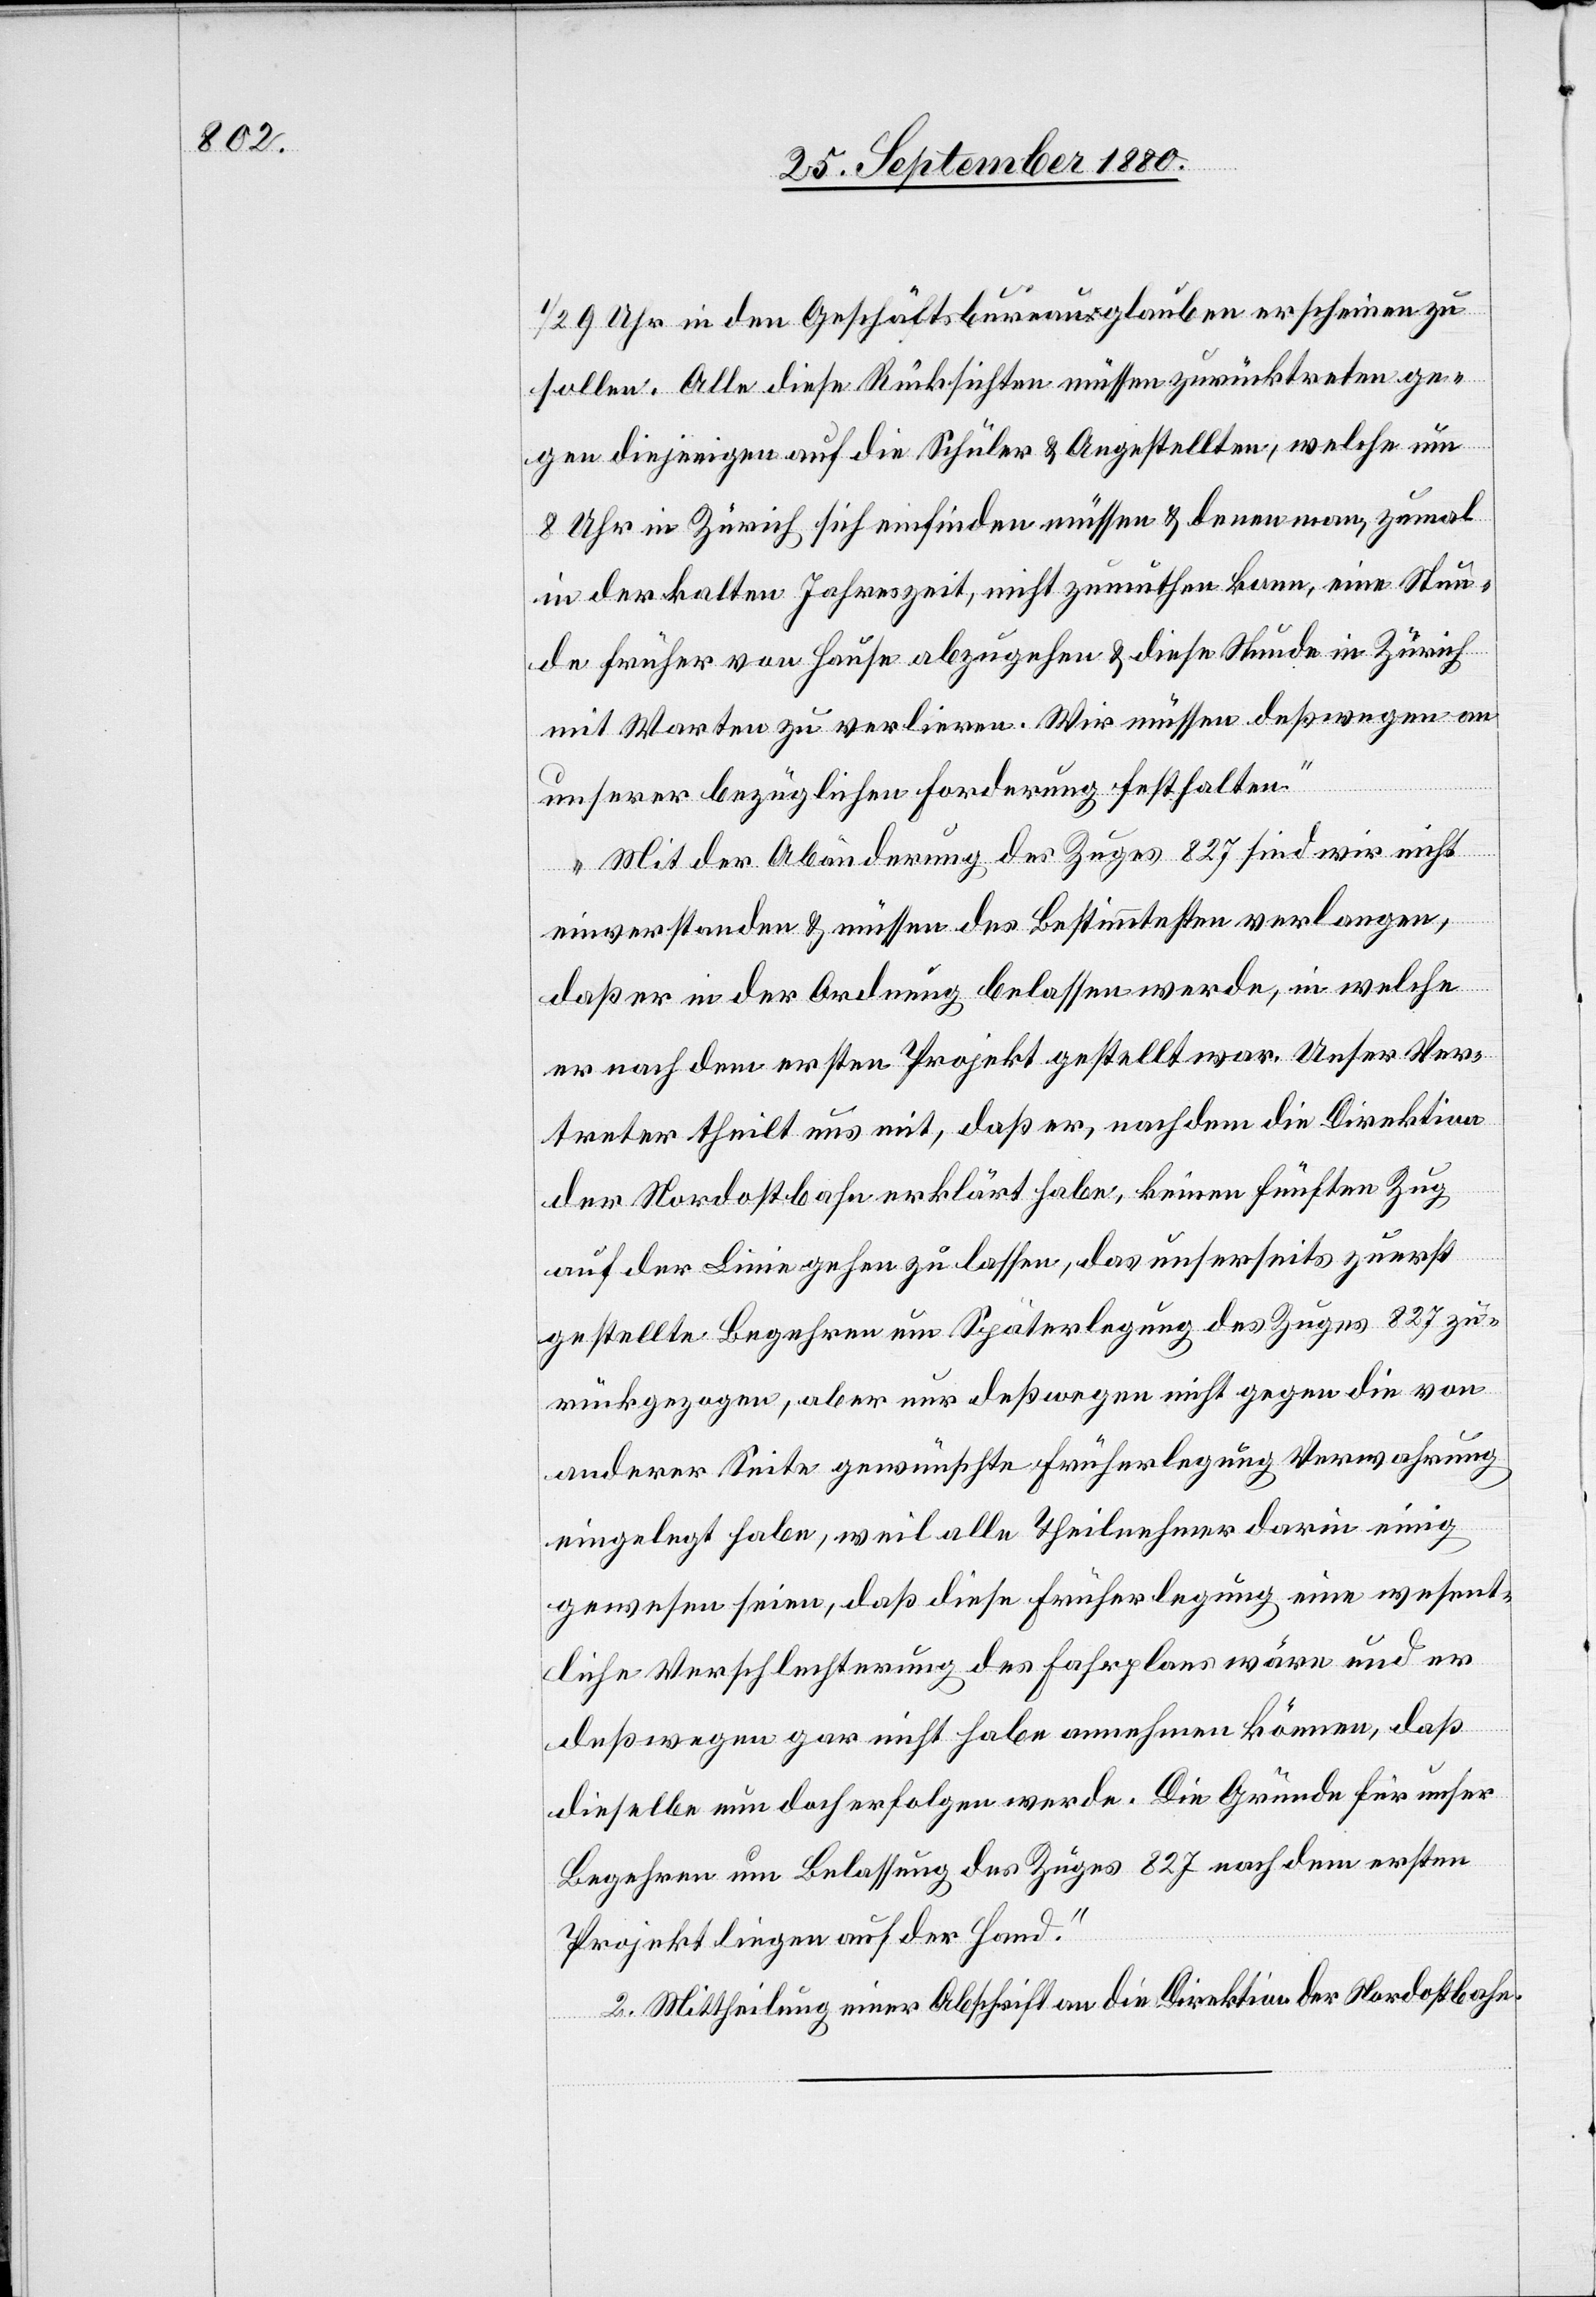
1/2 9 Uhr in den Geschäftsbureau glauben erscheinen zu
sollen. Alle diese Rücksichten müssen zurücktreten ge¬
gen diejenigen auf die Schüler & Angelstellten, welche um
8 Uhr in Zürich sich einfinden müssen & denen man, zumal
in der kalten Jahreszeit, nicht zumuthen kann, eine Stun¬
de früher von Hause abzugehen & diese Stunde in Zürich
mit Warten zu verlieren. Wir müssen deßwegen an
unserer bezüglichen Forderung festhalten.
Mit der Abänderung des Zuges 827 sind wir nicht
einverstanden & müssen des Bestimmtesten verlangen,
daß er in der Ordnung belassen werde, in welche
er nach dem ersten Projekt gestellt war. Unser Ver¬
treter theilt uns mit, daß er, nachdem die Direktion
der Nordostbahn erklärt habe, keinen fünften Zug
auf der Linie gehen zu lassen, das unserseits zuerst
gestellte Begehren um Späterlegung des Zuges 827 zu¬
rückgezogen, aber nur deßwegen nicht gegen die von
anderer Seite gewünschte Früherlegung Verwahrung
eingelegt habe, weil alle Theilnehmer darin einig
gewesen seien, daß diese Früherlegung eine wesent¬
liche Verschlechterung des Fahrplans wäre und er
deßwegen gar nicht habe annehmen können, daß
dieselbe nun doch erfolgen werde. Die Gründe für unser
Begehren um Belassung des Zuges 827 nach dem ersten
Projekt liegen auf der Hand.
2. Mittheilung einer Abschrift an die Direktion der Nordostbahn.